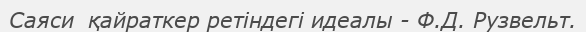
Саяси  қайраткер ретіндегі идеалы - Ф.Д. Рузвельт.